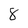
Character: 8